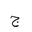
Letter: _gim